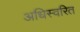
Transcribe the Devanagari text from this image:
अधिस्वरित